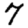
Digit: 7